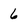
Character: 6